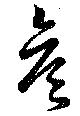
彦